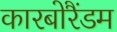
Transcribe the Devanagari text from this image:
कारबोरैंडम